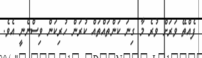
ފެއްތޭ ވަރަށް ވުރެ މާ ގިނަ ކަންތައްތައް ކުރަން ހުރިކަން ވިސްނެނީ އެވެ.